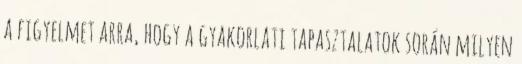
a figyelmet arra, hogy a gyakorlati tapasztalatok során milyen